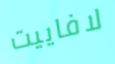
لافاييت